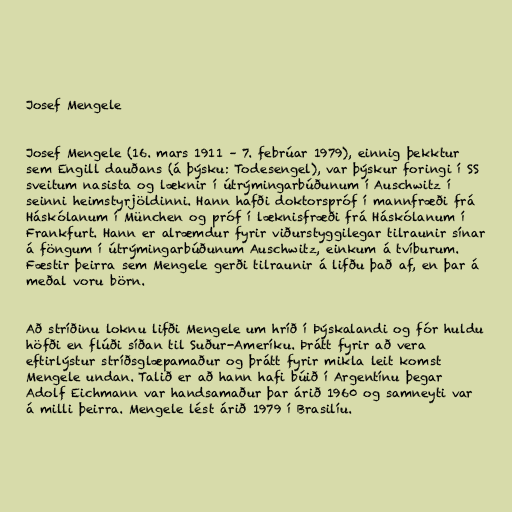
Josef Mengele

Josef Mengele (16. mars 1911 – 7. febrúar 1979), einnig þekktur
sem Engill dauðans (á þýsku: Todesengel), var þýskur foringi í SS
sveitum nasista og læknir í útrýmingarbúðunum í Auschwitz í
seinni heimstyrjöldinni. Hann hafði doktorspróf í mannfræði frá
Háskólanum í München og próf í læknisfræði frá Háskólanum í
Frankfurt. Hann er alræmdur fyrir viðurstyggilegar tilraunir sínar
á föngum í útrýmingarbúðunum Auschwitz, einkum á tvíburum.
Fæstir þeirra sem Mengele gerði tilraunir á lifðu það af, en þar á
meðal voru börn.

Að stríðinu loknu lifði Mengele um hríð í Þýskalandi og fór huldu
höfði en flúði síðan til Suður-Ameríku. Þrátt fyrir að vera
eftirlýstur stríðsglæpamaður og þrátt fyrir mikla leit komst
Mengele undan. Talið er að hann hafi búið í Argentínu þegar
Adolf Eichmann var handsamaður þar árið 1960 og samneyti var
á milli þeirra. Mengele lést árið 1979 í Brasilíu.